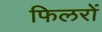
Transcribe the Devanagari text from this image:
फिलरों